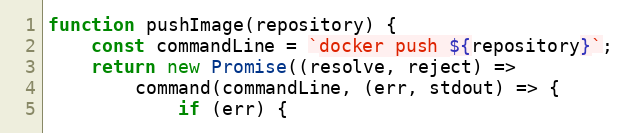
Language: JavaScript
function pushImage(repository) {
    const commandLine = `docker push ${repository}`;
    return new Promise((resolve, reject) =>
        command(commandLine, (err, stdout) => {
            if (err) {